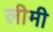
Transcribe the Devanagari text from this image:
लीमी